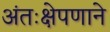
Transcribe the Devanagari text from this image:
अंतःक्षेपणाने